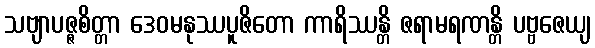
သဗျာပဇ္ဇစိတ္တာ ဒေဝမနုဿပူဇိတော ကာရိဿန္တိ ဇရာမရဏန္တိ ပဗ္ဗဇေယျ